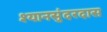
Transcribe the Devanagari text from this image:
श्यानसुंदरदास